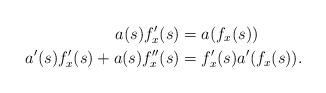
LaTeX: \begin{align*}a(s)f^{\prime}_x(s)&=a(f_x(s)) \\a^{\prime}(s)f^{\prime}_x(s)+a(s)f^{\prime \prime}_x(s)&=f^{\prime}_x(s)a^{\prime}(f_x(s)).\end{align*}